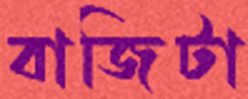
বাজিটা